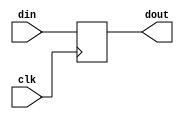
module RegistradorInstrucao(din, dout, clk);

    input clk;
    input [31:0] din;
    output reg [31:0] dout;

    always @ (posedge clk)
    begin
        dout <= din;
    end

endmodule